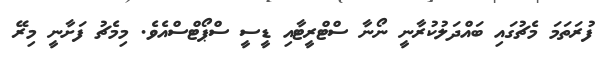
ފުރަތަމަ މެޗުގައި ބައްދަލުކުރާނީ ނޯނާ ސްޓްރީޓާއި ޑީސީ ސްޕޯޓްސްއެވެ. މިމެޗު ފަށާނީ މިރޭ